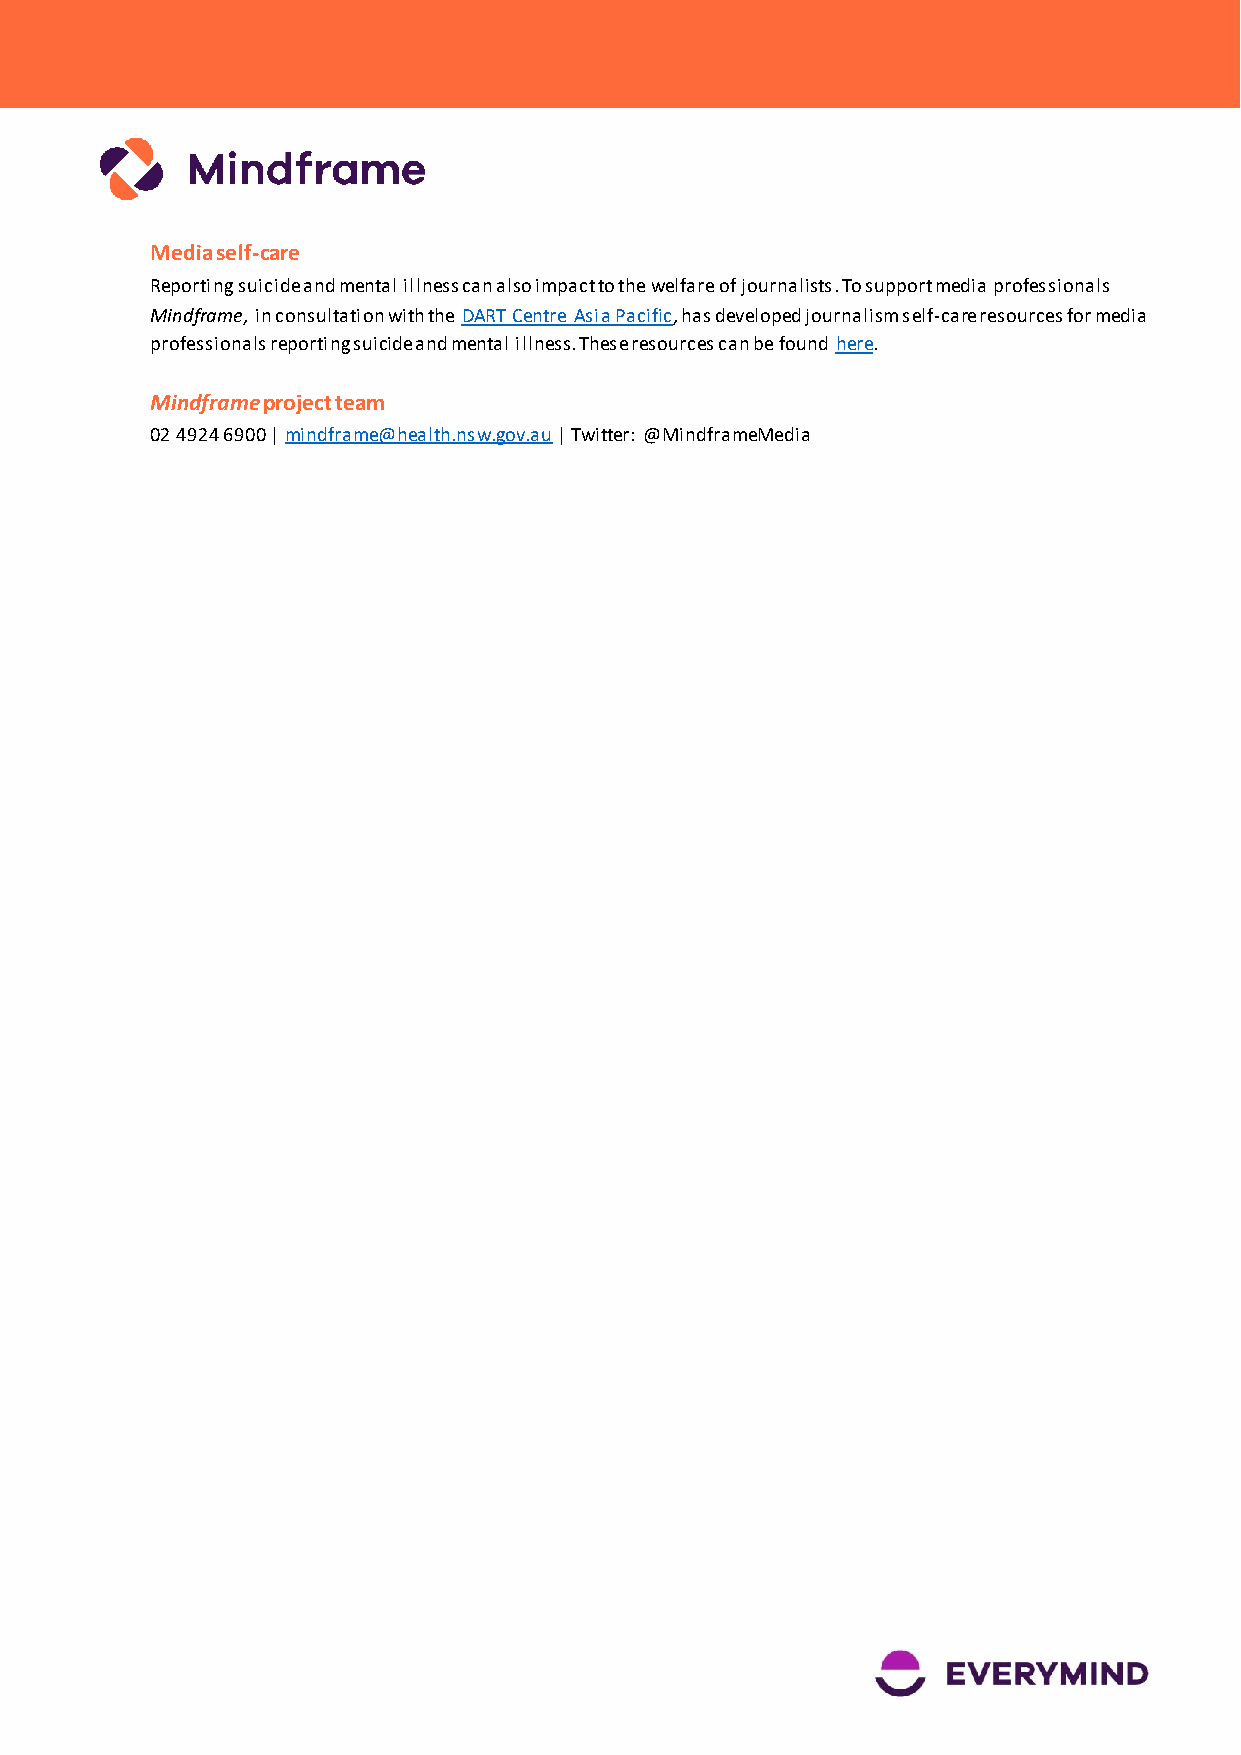
Media self-care
 Reporting suicide and mental illness can also impact to the welfare of journalists. To support media professionals
 Mindframe, in consultation with the DART Centre Asia Pacific, has developed journalism self-care resources for media
 professionals reporting suicide and mental illness. These resources can be found here.
 Mindframe project team
 02 4924 6900 | mindframe@health.nsw.gov.au | Twitter: @MindframeMedia